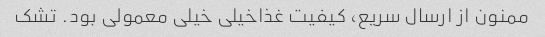
ممنون از ارسال سریع، کیفیت غذاخیلی خیلی معمولی بود. تشک